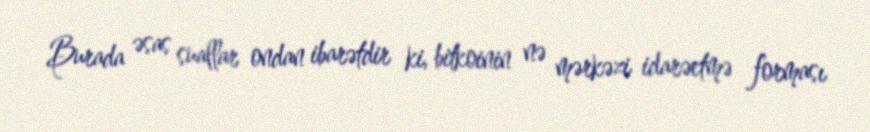
Burada əsas suallar ondan ibarətdir ki, bitkoinin nə mərkəzi idarəetmə forması